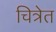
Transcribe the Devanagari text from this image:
चित्रेत